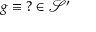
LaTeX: g \equiv \operatorname { \mathrm { ? } } \in { \mathcal { S } } ^ { \prime }